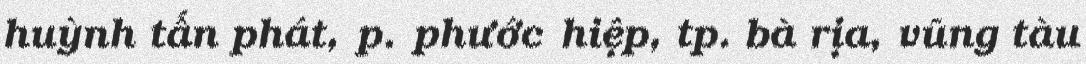
huỳnh tấn phát, p. phước hiệp, tp. bà rịa, vũng tàu